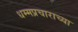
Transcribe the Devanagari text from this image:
धम्मप्रचाराच्या